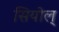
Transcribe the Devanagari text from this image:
सियोल्